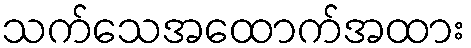
သက်သေအထောက်အထား